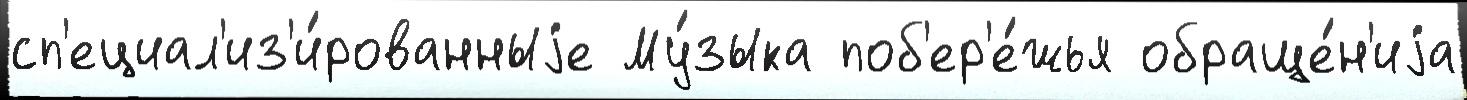
сп'ециал'из'и́рованныjе Му́зыка поб'ер'е́жья обраще́н'иjа